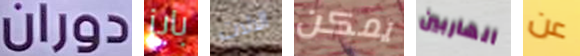
دوران بايز الالات يمكن الهاربين عن